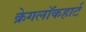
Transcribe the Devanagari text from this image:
क्रेगलॉकहार्ट